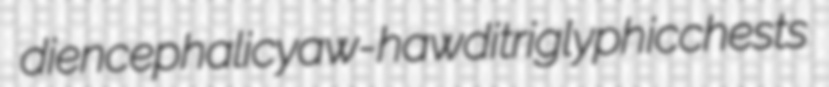
diencephalic yaw-haw ditriglyphic chests